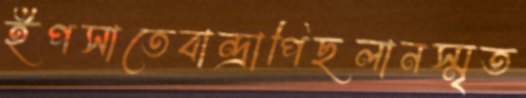
ইপসাতেবান্দ্রাপিছলানস্মৃত